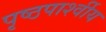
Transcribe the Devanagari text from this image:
पृष्ठपार्श्वीय